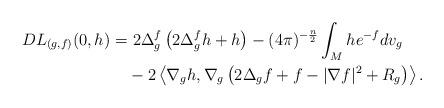
LaTeX: \begin{align*} DL_{(g,f)}(0,h) = &\ 2\Delta^f_g\left(2\Delta_g^f h+h\right)-(4\pi)^{-\frac{n}{2}}\int_{M} h e^{-f}dv_g \\ &-2\left\langle\nabla_g h, \nabla_g\left(2\Delta_g f+f-|\nabla f|^2+R_g\right)\right\rangle.\end{align*}